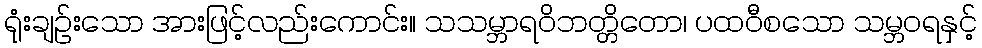
ရုံးချဉ်းသော အားဖြင့်လည်းကောင်း။ သသမ္ဘာရဝိဘတ္တိတော၊ ပထဝီစသော သမ္ဘဝရနှင့်